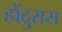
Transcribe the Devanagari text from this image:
होंदुरास